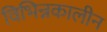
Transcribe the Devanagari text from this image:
विभिन्नकालीन